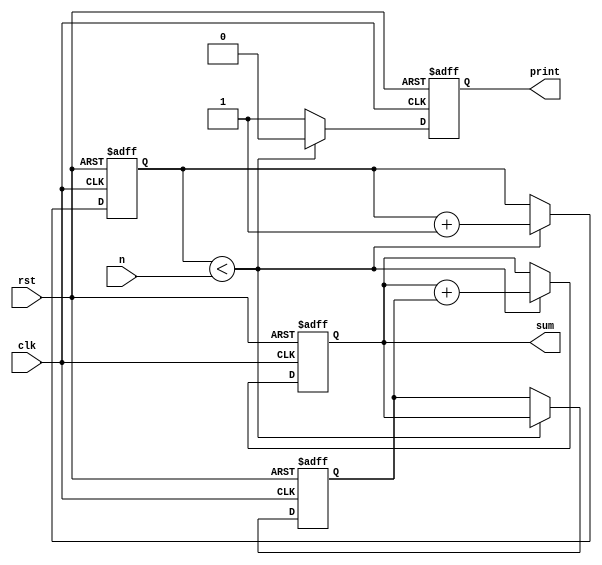
`timescale 1ns / 1ps
//////////////////////////////////////////////////////////////////////////////////
// Company: 
// Engineer: 
// 
// Design Name: 
// Module Name: fibonacci
// Project Name: 
// Target Devices: 
// Tool Versions: 
// Description: 
// 
// Dependencies: 
// 
// Revision:
// Revision 0.01 - File Created
// Additional Comments:
// 
//////////////////////////////////////////////////////////////////////////////////


module fibonacci(
    input clk,
    input rst,
    input [5:0] n,
    output [31:0] sum,
    output reg print
    );
    
    reg [31:0] current;
    reg [31:0] previous;
    reg [5:0] counter;
    
    always @(posedge clk or posedge rst) begin
        if (rst) begin
            previous <= 32'b0;
            current <= 32'b1;
            counter <= 6'b1;
            print <= 0;       
        end else if (counter < n) begin
            current <= current + previous;
            previous <= current;
            counter <= counter + 1;
            print <= 0;
        end else begin
            print <= 1;
        end
    end

    assign sum = current;
    
endmodule